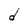
Character: d